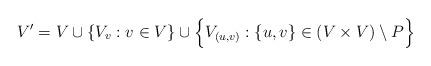
LaTeX: \begin{align*}V'=V\cup \{V_v: v\in V\}\cup \Big\{V_{(u,v)}: \{u,v\}\in (V\times V)\setminus P\Big\}\end{align*}